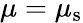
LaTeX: \mu=\mu_{\mathrm{s}}